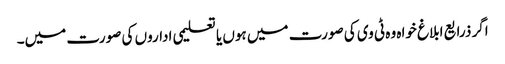
اگر ذرایع ابلاغ خواہ وہ ٹی وی کی صورت میں ہوں یا تعلیمی اداروں کی صورت میں۔